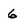
Character: 6